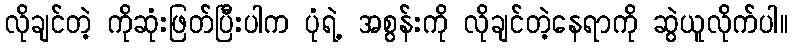
လိုချင်တဲ့ ကိုဆုံးဖြတ်ပြီးပါက ပုံရဲ့ အစွန်းကို လိုချင်တဲ့နေရာကို ဆွဲယူလိုက်ပါ။